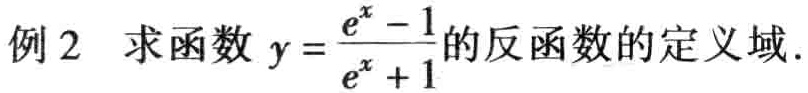
例2 求函数 \(y = \frac{e^{x}-1}{e^{x}+1}\)的反函数的定义域.